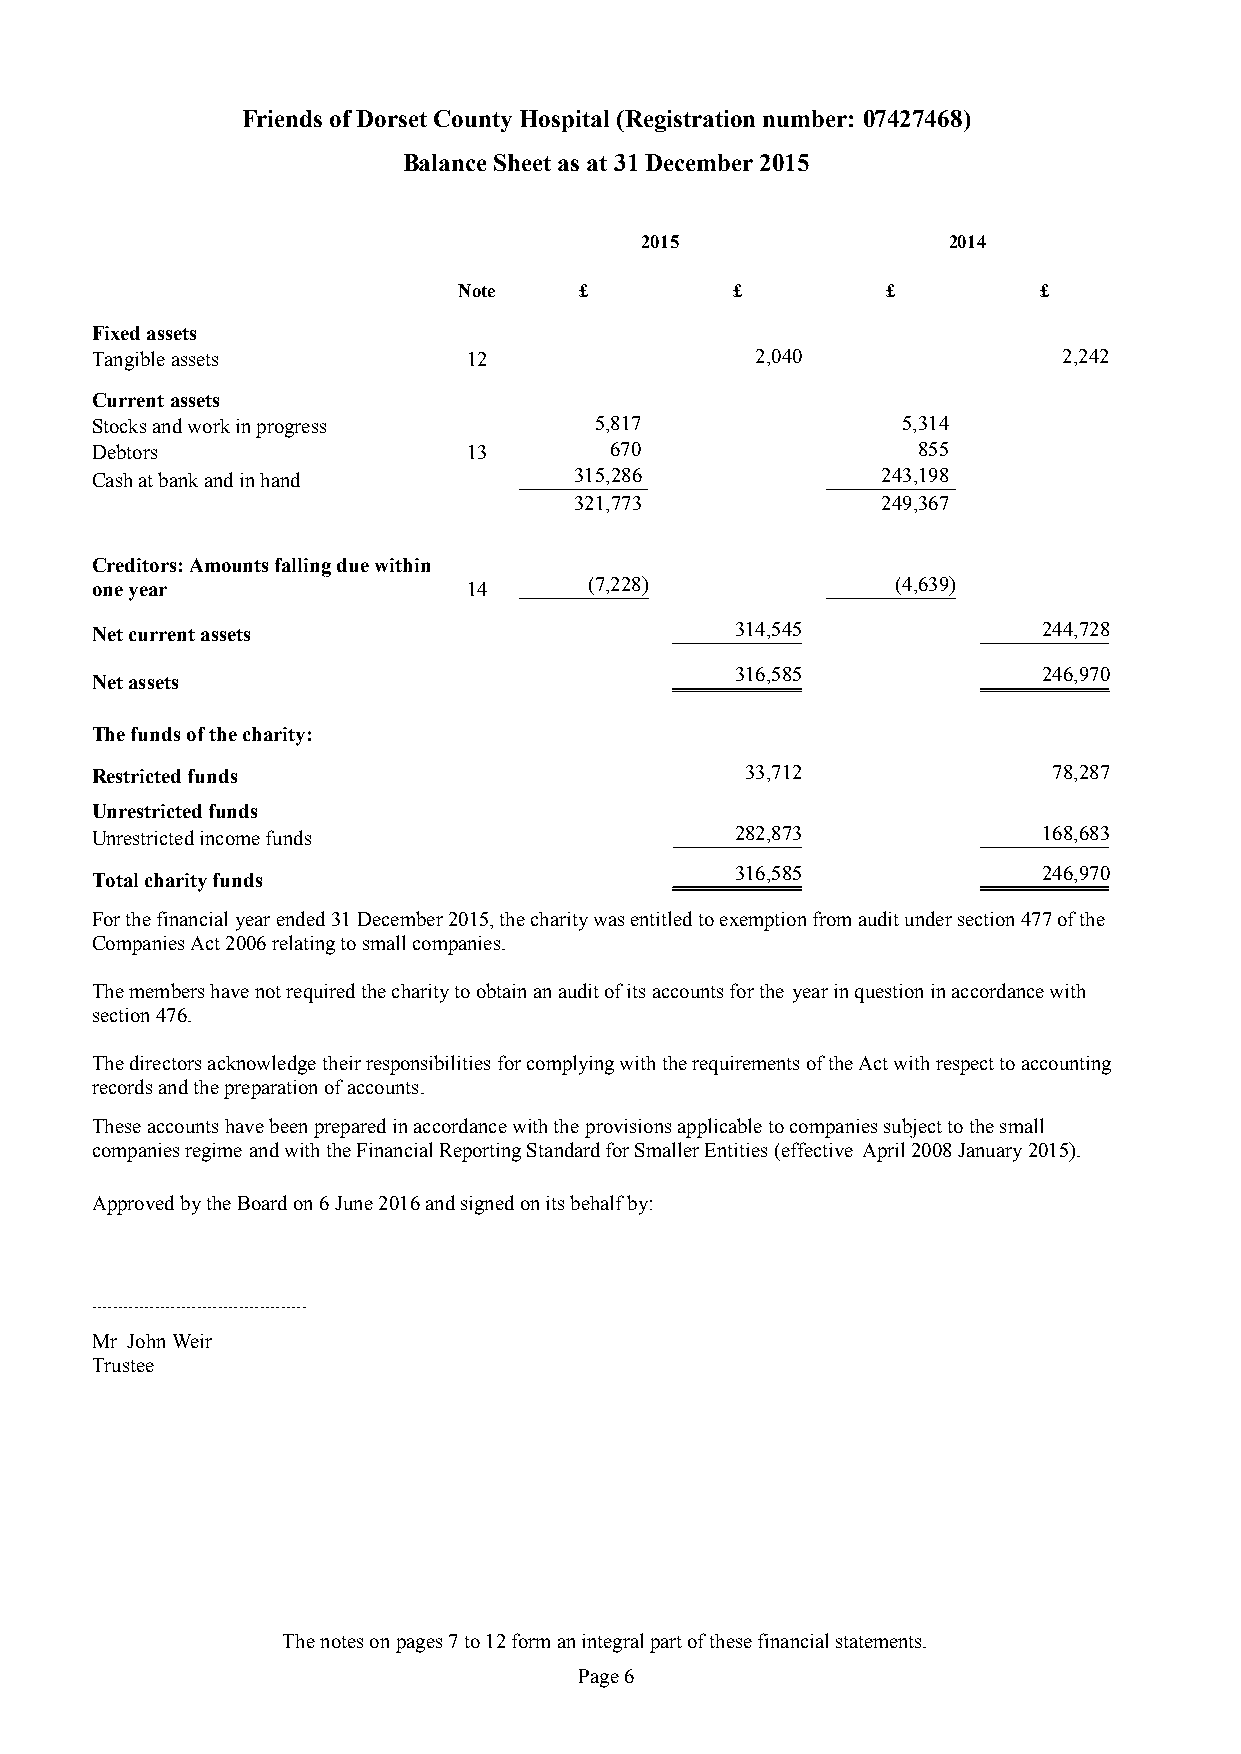
Friends of Dorset County Hospital (Registration number: 07427468)
 Balance Sheet as at 31 December 2015
 2015                 2014
 Note    £         £          £         £
 Fixed assets
 Tangible assets          12                 2,040               2,242
 Current assets
 Stocks and work in progress      5,817                5,314
 Debtors                  13       670                  855
 Cash at bank and in hand        315,286             243,198
 321,773             249,367
 Creditors: Amounts falling due within
 one year                 14      (7,228)             (4,639)
 Net current assets                         314,545             244,728
 316,585             246,970
 Net assets
 The funds of the charity:
 Restricted funds                           33,712               78,287
 Unrestricted funds
 Unrestricted income funds                  282,873             168,683
 316,585             246,970
 Total charity funds
 For the financialyearended31 December 2015, the charity was entitled to exemption from audit under section 477 of the
 Companies Act 2006 relating to small companies.
 The members have not required the charity to obtain an audit of its accounts for the yearin question in accordance with
 section 476.
 Thedirectorsacknowledgetheirresponsibilities for complying with the requirements of the Act with respect to accounting
 records and the preparation of accounts.
 These accounts have been prepared in accordance with the provisions applicable to companies subject to the small
 companies regime and with the Financial Reporting Standard for Smaller Entities (effective April 2008January 2015).
 Approved by the Board on6 June 2016and signed on its behalf by:
 .........................................
 Mr John Weir
 Trustee
 The notes onpages7to12form an integral part of these financial statements.
 Page6